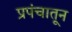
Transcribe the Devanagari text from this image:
प्रपंचातून